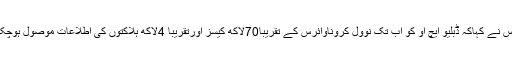
ٹیڈروس نے کہاکہ ڈبلیو ایچ او کو اب تک نوول کروناوائرس کے تقریبا70لاکھ کیسز اورتقریبا 4لاکھ ہلاکتوں کی اطلاعات موصول ہوچکی ہیں۔